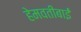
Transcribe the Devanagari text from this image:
हेमवतीबाई